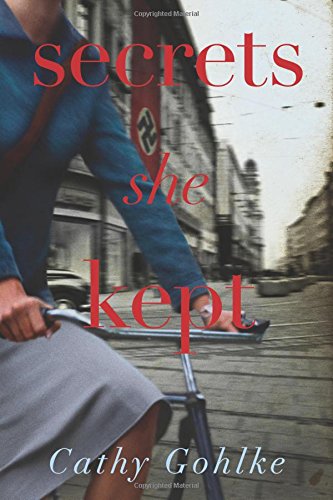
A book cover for Secrets She Kept; Cathy Gohlke; Romance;